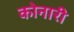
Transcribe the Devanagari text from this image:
कोनारी